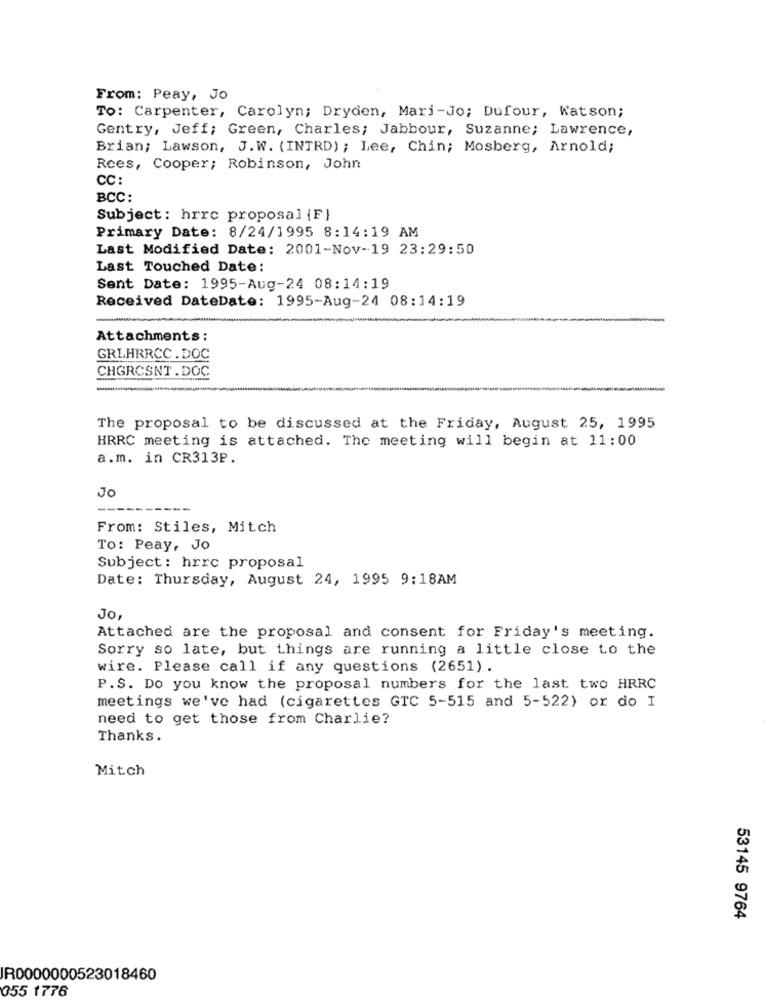
From: Peay, Jo
To: Carpenter, Carolyn; Dryden, Mari-Jo; Dufour, Watson;
Gentry, Jeff; Green, Charles; Jabbour, Suzanne; Lawrence,
Brian; Lawson, J.W. (INTRD) ; Lee, Chin; Mosberg, Arnold;
Rees, Cooper; Robinson, John
CC :
BCC:
Subject: hrrc proposal {F}
Primary Date: 8/24/1995 8:14:19 AM
Last Modified Date: 2001-Nov-19 23:29:50
Last Touched Date:
Sent Date: 1995-Aug-24 08:14:19
Received DateDate: 1995-Aug-24 08:14:19
Attachments :
GRLHRRCC. DOC
CHGRCSNT.DOC
The proposal to be discussed at the Friday, August 25, 1995
HRRC meeting is attached. The meeting will begin at 11:00
a.m. in CR313P.
JO
From: Stiles, Mitch
To: Peay, JO
Subject : hrrc proposal
Date: Thursday, August 24, 1995 9:18AM
Jo,
Attached are the proposal and consent for Friday's meeting.
Sorry so late, but things are running a little close to the
wire. Please call if any questions (2651).
P.S. Do you know the proposal numbers for the last two HRRC
meetings we've had (cigarettes GTC 5-515 and 5-522) or do I
need to get those from Charlie?
Thanks.
Mitch
53145 9764
R0000000523018460
355 1776